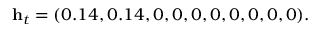
\mathbf { h } _ { t } = ( 0 . 1 4 , 0 . 1 4 , 0 , 0 , 0 , 0 , 0 , 0 , 0 , 0 ) .